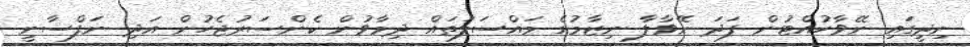
ނިދީގައި ނޭވާހުއްޓުން ފަދަ ނޭވާލާ ނިޒާމުގެ މައްސަލަތައް ދިމާވުން ކެންސަރުޖެހުން އަދި ނަފްސާނީ